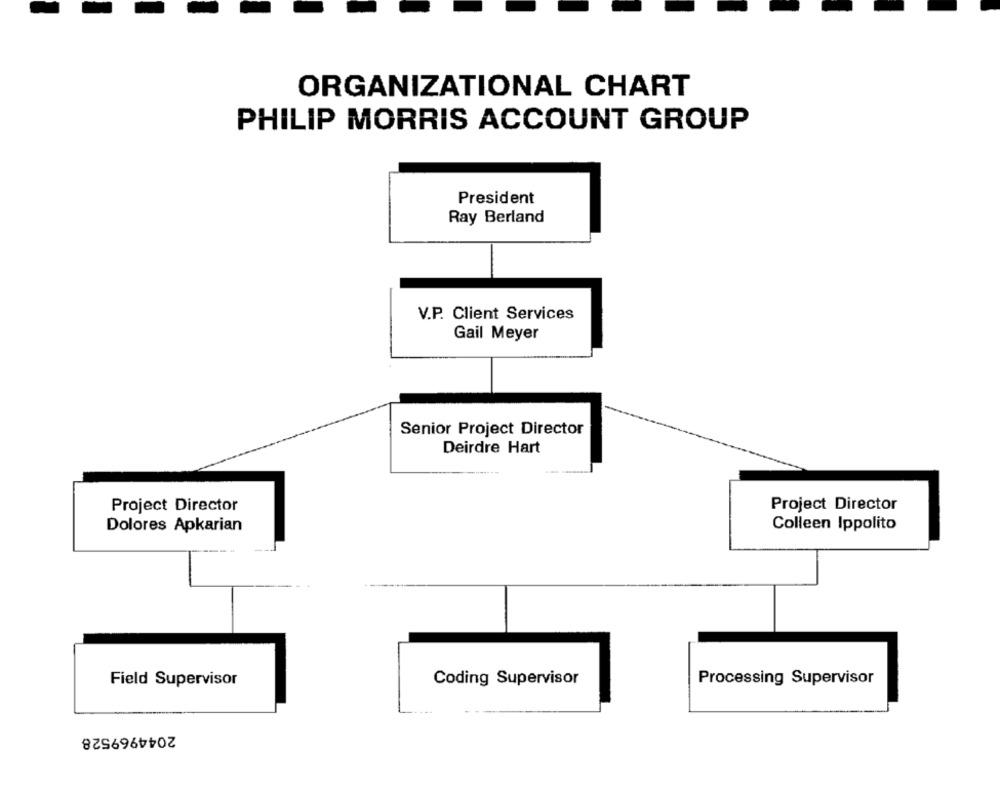
ORGANIZATIONAL CHART
PHILIP MORRIS ACCOUNT GROUP
President
Ray Berland
V.P. Client Services
Gail Meyer
Senior Project Director
Deirdre Hart
Project Director
Project Director
Dolores Apkarian
Colleen Ippolito
Coding Supervisor
Processing Supervisor
Field Supervisor
2044969528